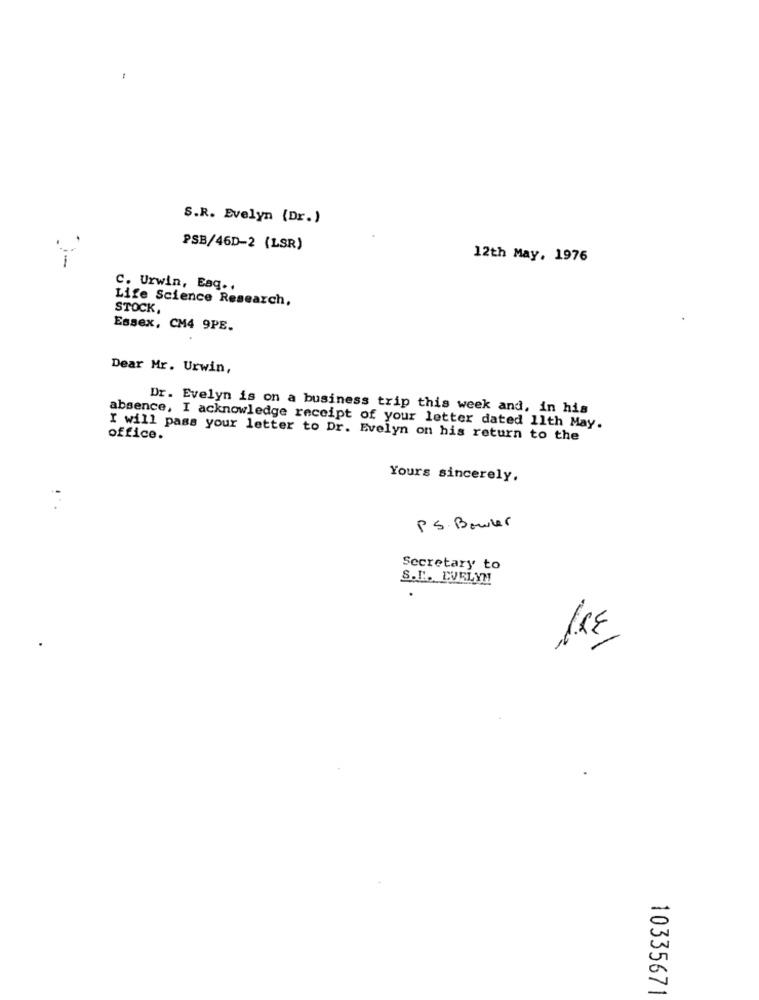
S.R. Evelyn (Dr.)
PSB/46D-2 (LSR)
12th May, 1976
C. Urwin, Eag .,
Life Science Research,
STOCK,
Essex, CM4 9PE.
Dear Mr. Urwin,
Dr. Evelyn is on a business trip this week and, in his
absence, I acknowledge receipt of your letter dated 11th May.
office.
I will pass your letter to Dr. Evelyn on his return to the
Yours sincerely.
PS. Bowler
Secretary to
S.L .. EVELYN
IRE
10335671